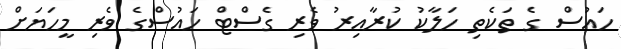
ހައުސް ގެ ތަކެތި ހަލާކު ކުރާއިރު ވެރި ގެސްޓް ހައުސްގެ ވެރި މީހަޔަށް